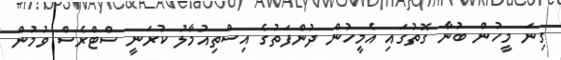
ގިނަ މީހުން ބުނާ ގޮތުގައި އެމީހުން ދުންފަތުގެ އިސްތިއުމާލު ކުރަނީ ސްޓްރެސް ވުމުން